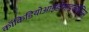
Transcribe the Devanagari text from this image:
कॉकिडियोआइडोमाइकोसिस